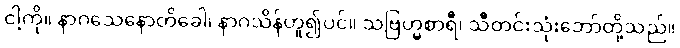
ငါ့ကို။ နာဂသေနောတိခေါ၊ နာဂသိန်ဟူ၍ပင်။ သဗြဟ္မစာရီ၊ သီတင်းသုံးဘော်တို့သည်။